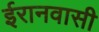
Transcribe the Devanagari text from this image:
ईरानवासी